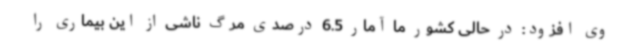
وی افزود: در حالی کشور ما آمار 6.5 درصدی مرگ ناشی از این بیماری را